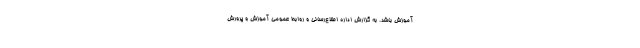
آموزش باشد. به گزارش اداره اطلاع‌رسانی و روابط عمومی آموزش و پرورش